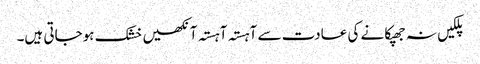
پلکیں نہ جھپکانے کی عادت سے آہستہ آہستہ آنکھیں خشک ہوجاتی ہیں۔